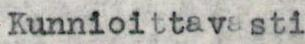
Kunnioittavasti